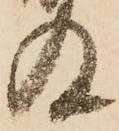
及